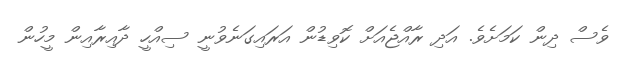
ވެސް ދިން ކަމަށެވެ. އަދި ރާއްޖެއަށް ކޮވިޑުން އަރައިގަނެވުނީ ސިއްހީ ދާއިރާއިން މީހުން